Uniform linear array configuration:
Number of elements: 24
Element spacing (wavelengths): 0.25
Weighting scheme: hann
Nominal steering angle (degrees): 60
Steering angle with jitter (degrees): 61.691
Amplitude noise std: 0.05
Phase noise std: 0.05

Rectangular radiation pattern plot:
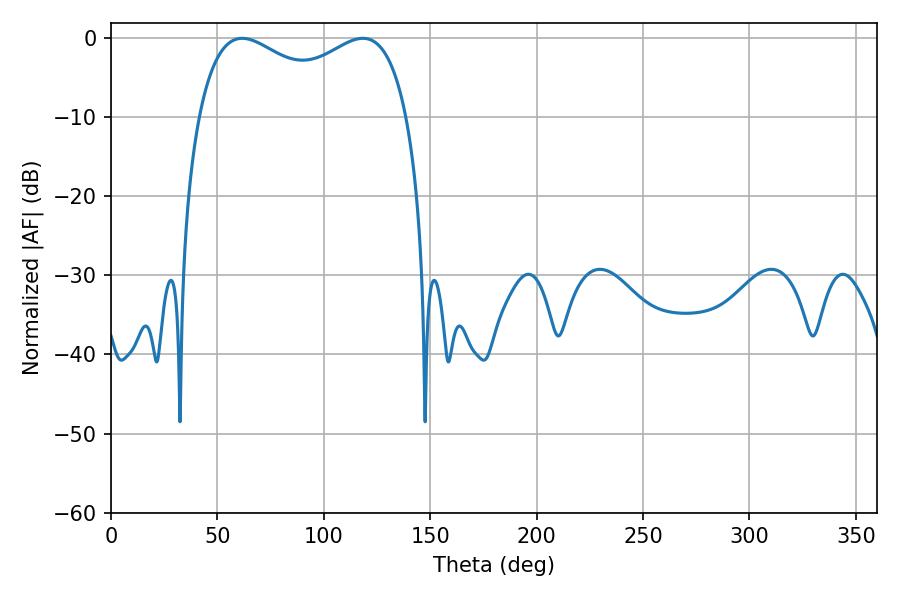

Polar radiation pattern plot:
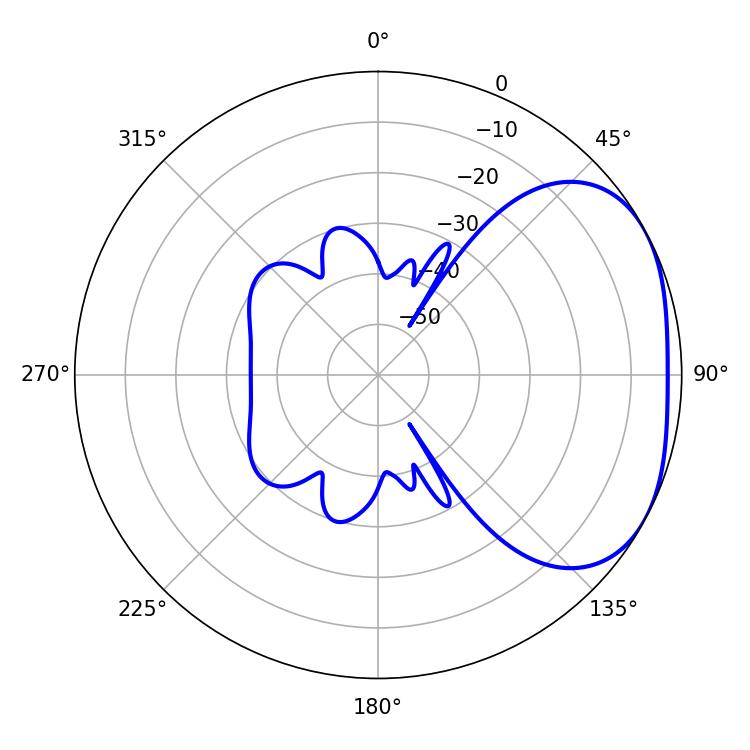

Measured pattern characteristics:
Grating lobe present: FALSE
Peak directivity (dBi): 2.805
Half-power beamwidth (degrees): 81.72
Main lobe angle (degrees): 61.56